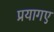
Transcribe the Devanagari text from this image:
प्रयागए